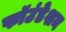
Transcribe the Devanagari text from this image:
फॉउंडेशन